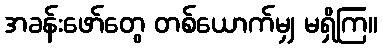
အခန်းဖော်တွေ တစ်ယောက်မျှ မရှိကြ။